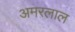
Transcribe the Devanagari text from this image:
अमरलाल